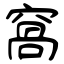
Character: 窩